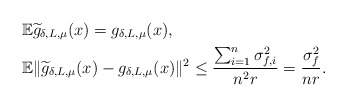
\begin{align*} &\mathbb{E}\widetilde{g}_{\delta, L, \mu}(x) = g_{\delta, L, \mu}(x), \\ &\mathbb{E}\|\widetilde{g}_{\delta, L, \mu}(x)-g_{\delta, L, \mu}(x)\|^2 \leq \frac{\sum_{i=1}^n\sigma_{f, i }^2}{n^2r}=\frac{\sigma_f^2}{nr}. \end{align*}